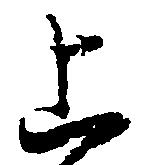
上